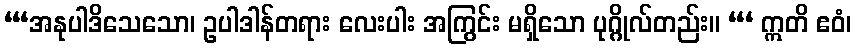
“‘အနုပါဒိသေသော၊ ဥပါဒါန်တရား လေးပါး အကြွင်း မရှိသော ပုဂ္ဂိုလ်တည်း။ “‘ ဣတိ ဧဝံ၊